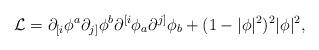
LaTeX: \begin{align*}{\cal L} = \partial_{[i}{\phi^a} \partial_{j]}{\phi^b} \partial^{[i}{\phi_a}\partial^{j]}{\phi_b} + (1 - | \phi |^2 )^2 | \phi |^2,\end{align*}